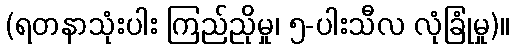
(ရတနာသုံးပါး ကြည်ညိုမှု၊ ၅-ပါးသီလ လုံခြုံမှု)။